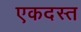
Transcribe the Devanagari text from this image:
एकदस्त